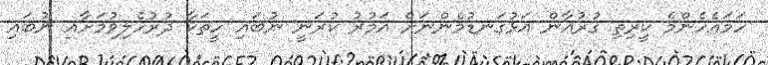
ހަމައެހެންމެ ކީރިތި ޤުރުއާން އަޅުގަނޑުމެންނަށް އަމުރު ކުރަނީ ނުބައި ހީތަކާ ދުރުހެލިވުމަށާއި ނުބައި